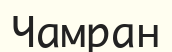
Чамран